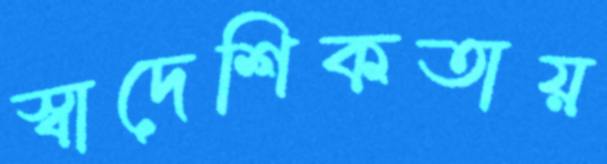
স্বাদেশিকতায়